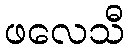
ဖလေသီ